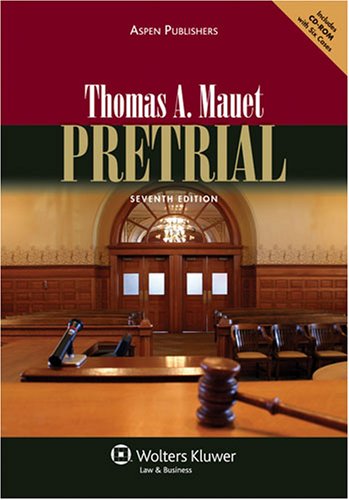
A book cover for Pretrial 7e; Thomas A. Mauet; Law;